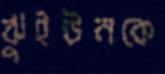
ঝুইউনকে